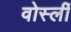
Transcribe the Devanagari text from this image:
वोर्स्ली